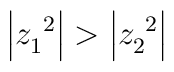
\left| z_1^{\ 2} \right| > \left| z_2^{\ 2} \right|\,